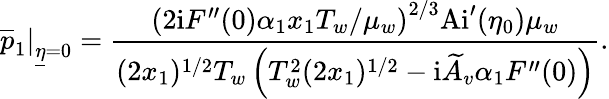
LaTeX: \left.\overline{{p}}_{1}\right\vert_{\underline{{\eta}}=0}=\frac{\left(2\mathrm{i}F^{\prime\prime}(0)\alpha_{1}x_{1}T_{w}/\mu_{w}\right)^{2/3}\mathrm{Ai}^{\prime}(\eta_{0})\mu_{w}}{(2x_{1})^{1/2}T_{w}\left(T_{w}^{2}(2x_{1})^{1/2}-\mathrm{i}\widetilde{A}_{v}\alpha_{1}F^{\prime\prime}(0)\right)}.